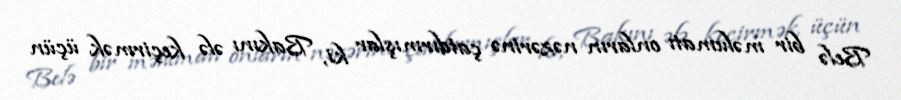
Belə bir məlumatı onların nəzərinə çatdırmışlar ki, Bakını ələ keçirmək üçün